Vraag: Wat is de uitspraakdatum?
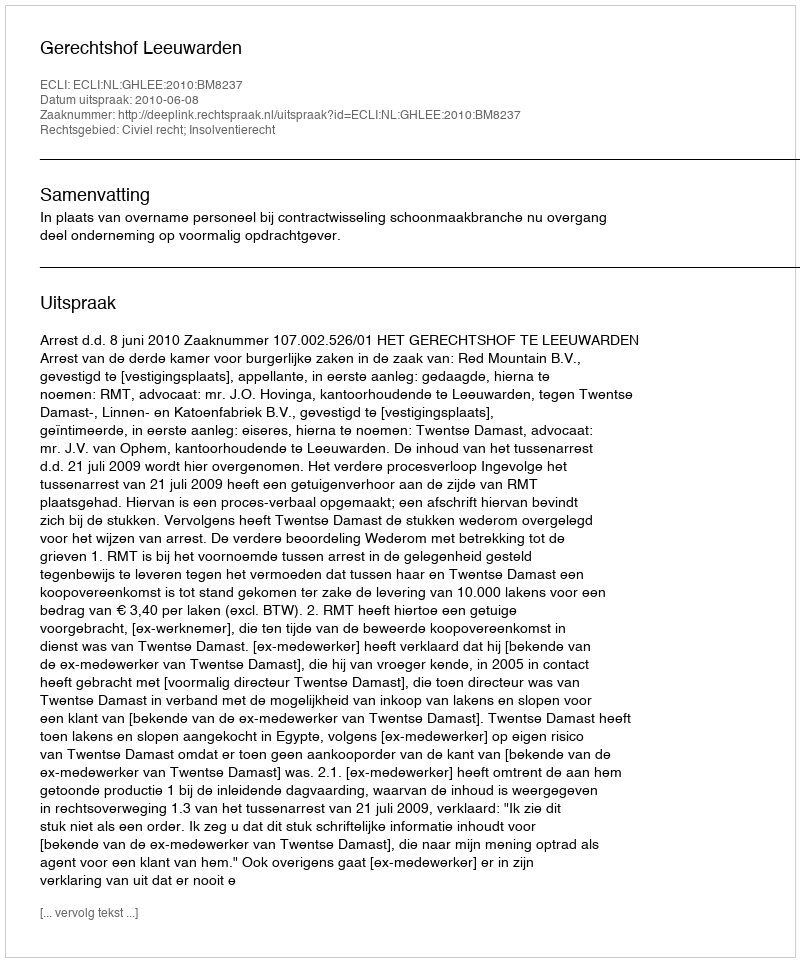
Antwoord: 2010-06-08